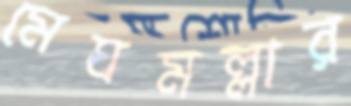
মেঘমল্লার